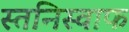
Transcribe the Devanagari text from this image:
स्तनिस्वाफ